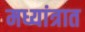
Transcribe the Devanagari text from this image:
मध्यांत्रात